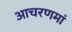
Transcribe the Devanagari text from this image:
आचरणमां